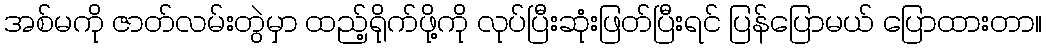
အစ်မကို ဇာတ်လမ်းတွဲမှာ ထည့်ရိုက်ဖို့ကို လုပ်ပြီးဆုံးဖြတ်ပြီးရင် ပြန်ပြောမယ် ပြောထားတာ။